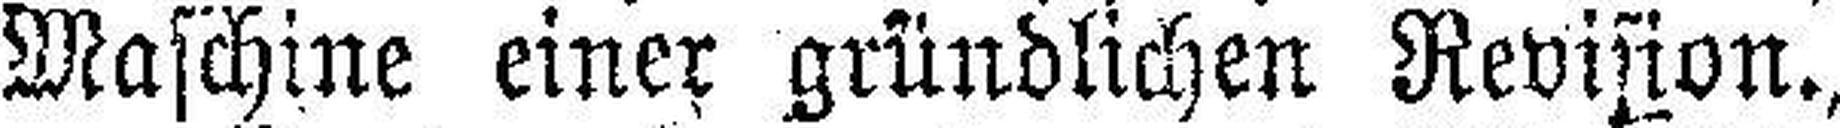
Maschine einer gründlichen Revision.